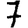
Digit: 7